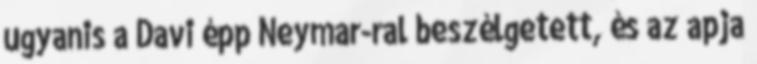
ugyanis a Davi épp Neymar-ral beszélgetett, és az apja